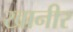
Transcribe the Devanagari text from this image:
खानीर